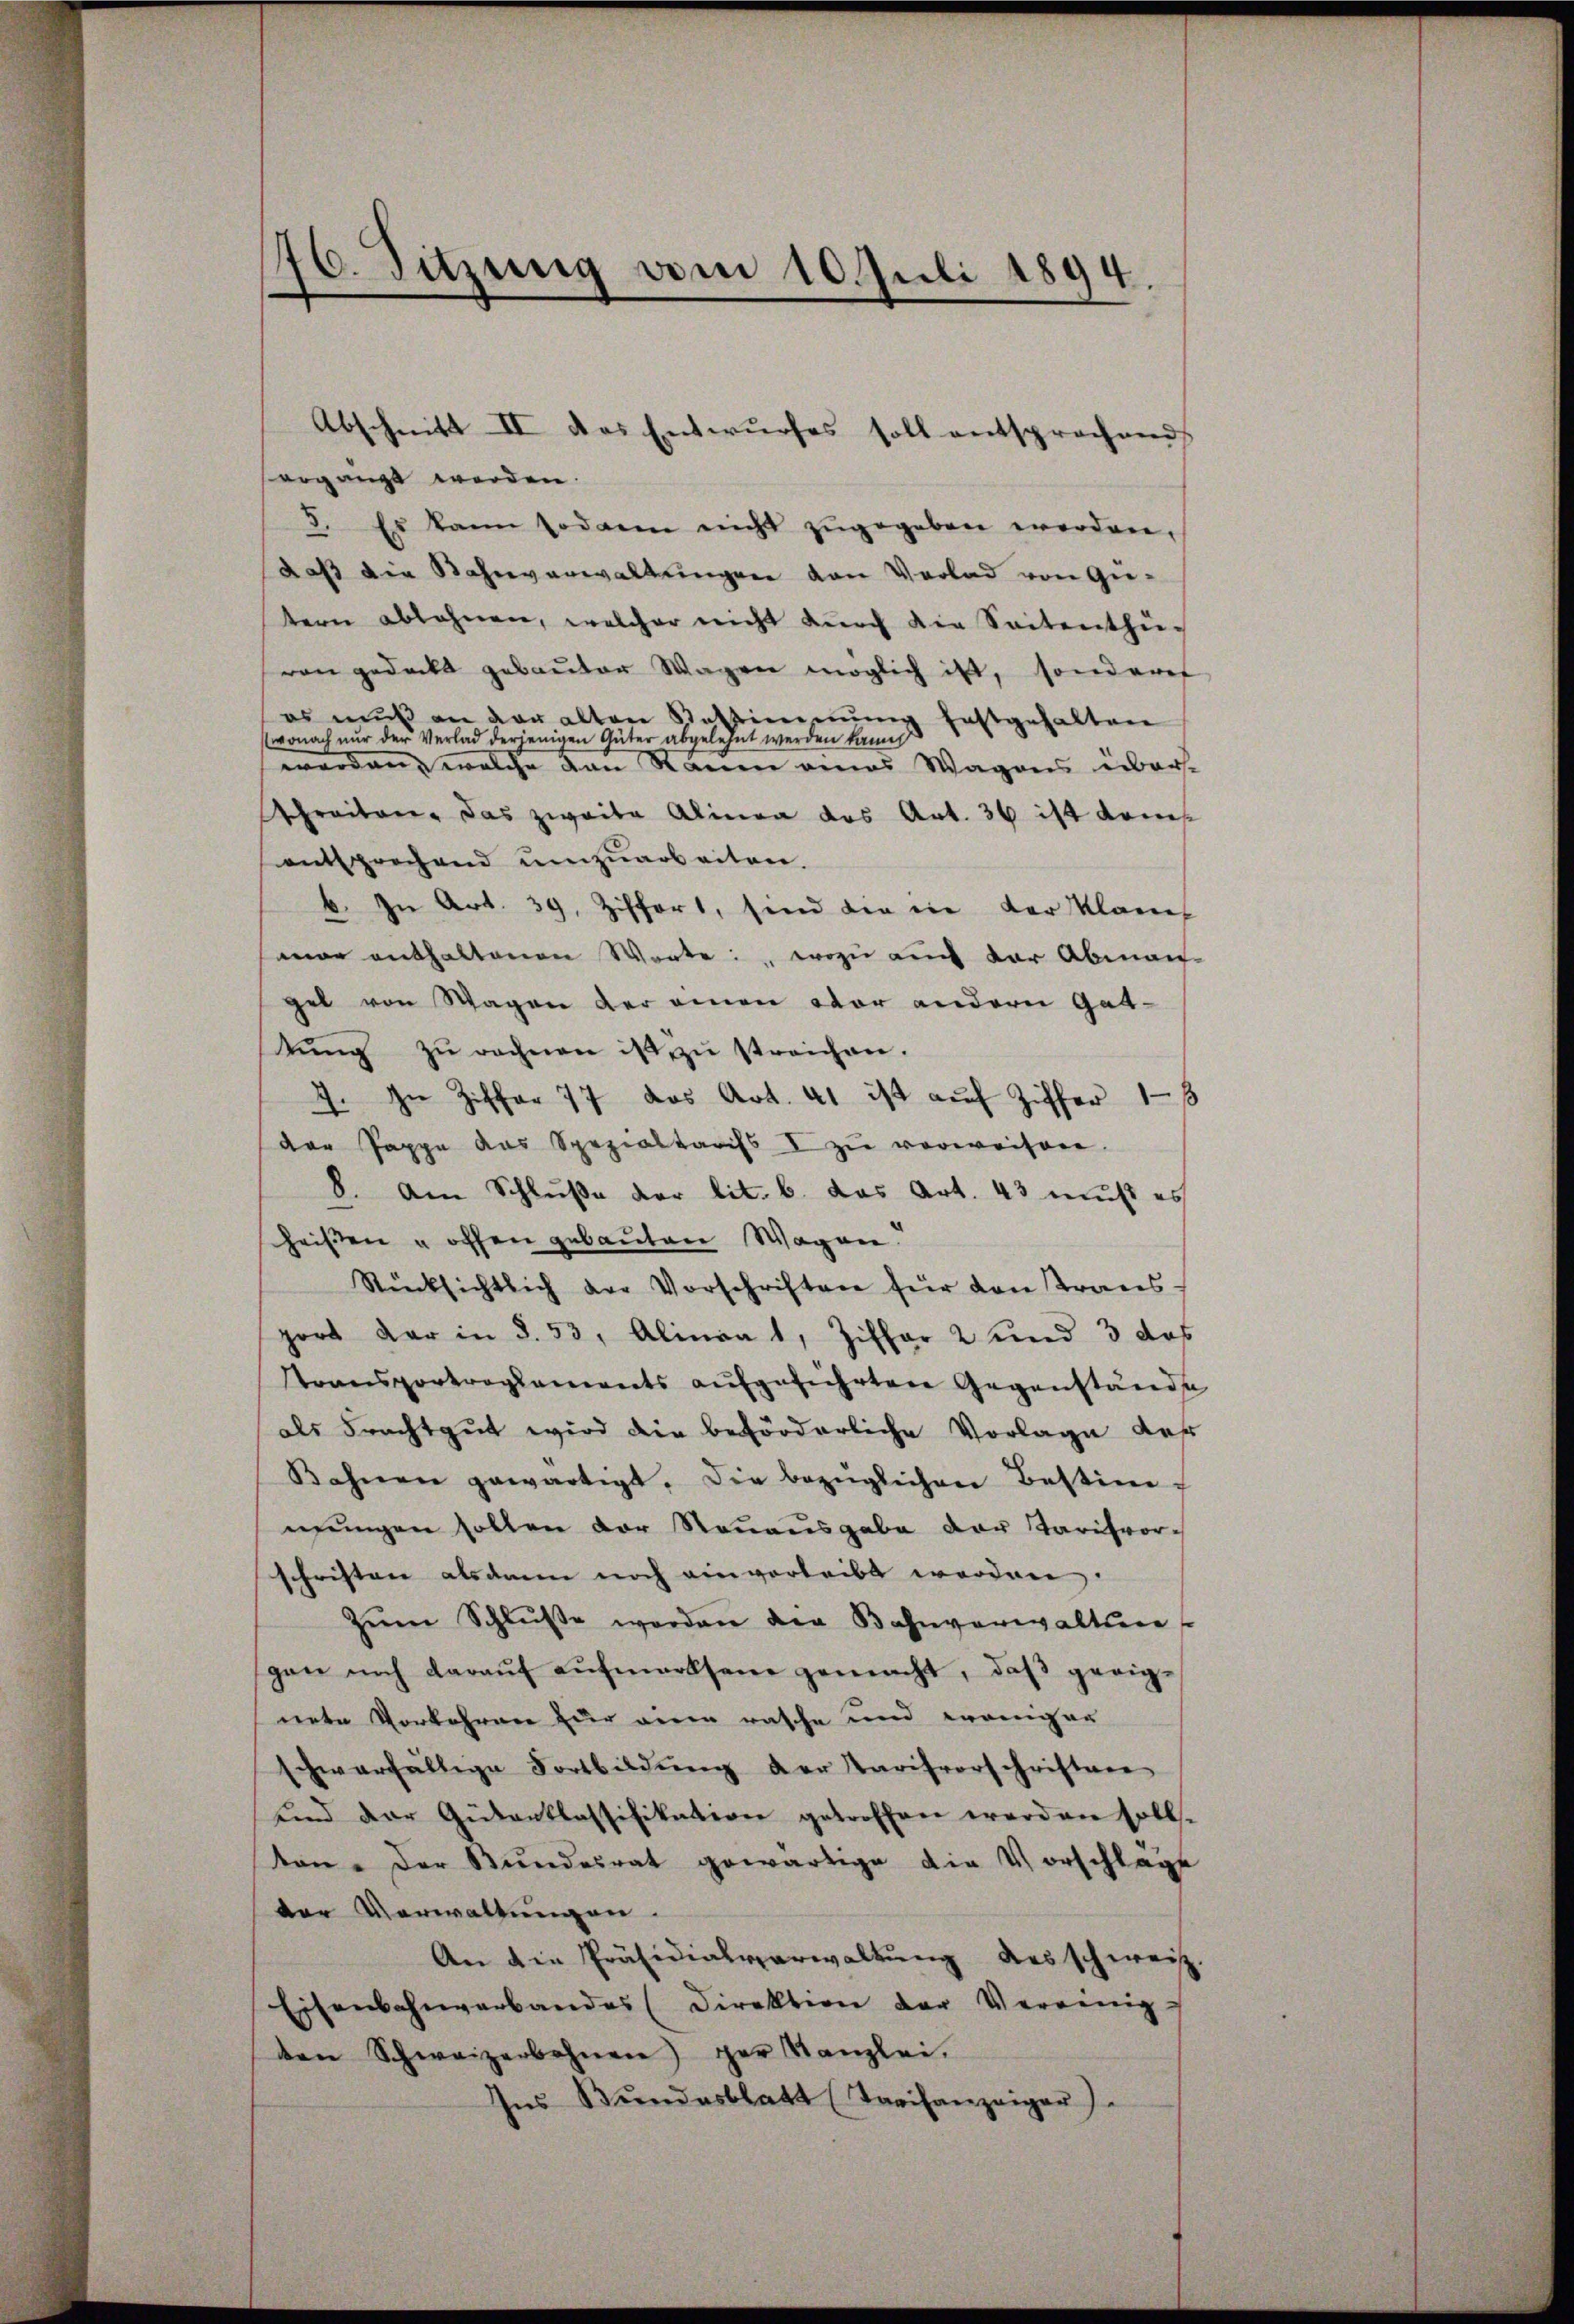
76. Sitzung vom 10. Juli 1894.

ergänzt werden.
8. Es kann sodann nicht zugegeben worden,
daß die Bahnverwaltungen von Verlad von Gietern ablehnen, welcher nicht dŭrch die Seitenthü
von gedeckt gebaŭter Wagen möglich ist, sonderet
es mŭβ an der alten Restimmung festgehalten
wonach nur der Verlad derjenigen Güter abgelehnt werden kann
werden, welche den Ranen eines Wagens über-
Schreiten, das zweite Alinea das Art. 36 ist komentsprechend ŭmzŭarbeiten.
b. In Art. 39. Ziffert, sind die in der Klagen
mar enthaltenen Worte: wozu auch der Abman
gel von Wagen der einen vor andern Gattŭng zŭ rechnen ist zŭ streichen.
7. In Ziffer 77 das Art. 41 ist auf Ziffer 18
der Pappe des Spezialtaris zŭ verweisen
8. Am Schluße der lit. b. das Art. 43 muß es
heißen u offen gebauten Wagen.
Rücksichtlich der Vorschriften für von Trans-
port dar in §. 53, Alineat, Ziffer 2 und 3 das
Transportreglements aŭfgeführten Gegenstände
als Frachtgut wird die beförderliche Vorlage des
Bahnen gewärtigt. Die bezüglichen Bestien
nungen sollen der Reuausgabe der Tarifvorschriften alsdann noch einverleibt worden.
zŭm Schlŭβe werden die Bahnverwaltun
gen noch daraŭf aŭfmerksane gemacht, daß geeignete Vorkehren zur einen rasche und weniger
schwerfällige Fortbildŭng der Tarifvorschriften
ŭnd der Gütentlassifikation getroffen werden soll.
ton. Der Bundesrat gewärtige die Vorschlage
der Verwaltungen.
An die Präsidialverwaltung des schweiz.
Eisenbahnverbandes (direktion der Vereinig
ten Schweizerbahnen) der Kanzlei.
Ins Bundesblatt (Tarifanzeiger)

Abschnitt II das Entwurfes soll entsprochend